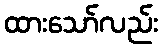
ထားသော်လည်း